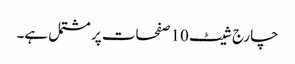
چارج شیٹ 10 صفحات پر مشتمل ہے۔